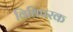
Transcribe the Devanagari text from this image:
विधिपरक